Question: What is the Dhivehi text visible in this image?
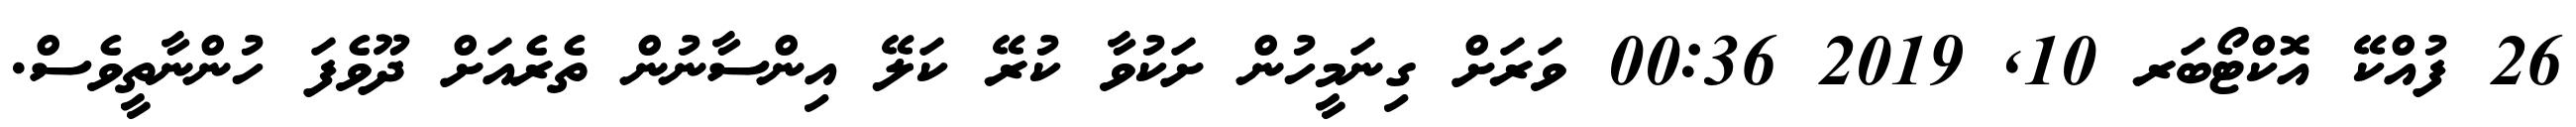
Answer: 26 ފުއްކޭ އޮކްޓޯބަރ 10, 2019 00:36 ވަރަށް ގިނަމީހުން ށަކުވާ ކުރޭ ކަލޭ އިންސާނުން ތެރެއަށް ދޫވެފަ ހުންނާތީވެސް.